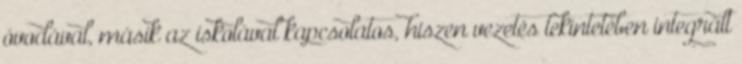
óvodával, másik az iskolával kapcsolatos, hiszen vezetés tekintetében integrált